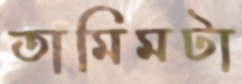
তামিমটা